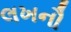
લખનૌ